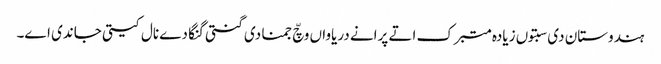
ہندوستان دی سبتوں زیادہ متبرک اتے پرانے دریاواں وچّ جمنا دی گنتی گنگا دے نال کیتی جاندی اے۔